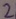
Text: 2